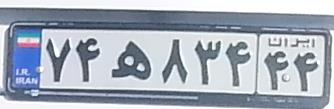
۷۴ه۸۲۴۴۴